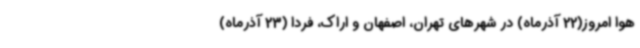
هوا امروز(22 آذرماه) در شهرهای تهران، اصفهان و اراک، فردا (23 آذرماه)